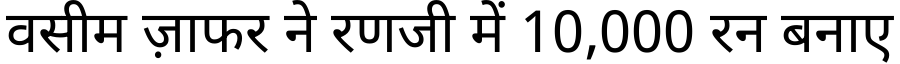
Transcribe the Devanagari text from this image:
वसीम ज़ाफर ने रणजी में 10,000 रन बनाए